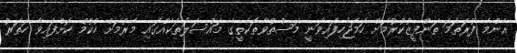
އެންމެ ފުރަތަމަ ތަންފީޒުކުރުމަށް ހަމަޖެހިފައިވަނީ މަސްތުވާތަކެތީގެ މައްސަލަތަކެއްގައި މެރުމަށް ހުކުމް ކޮށްފައިވާ ހަތަރު